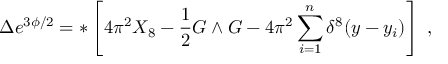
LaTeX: \Delta e ^ { 3 \phi / 2 } = * \left[ 4 \pi ^ { 2 } X _ { 8 } - { \frac { 1 } { 2 } } G \wedge G - 4 \pi ^ { 2 } \sum _ { i = 1 } ^ { n } \delta ^ { 8 } ( y - y _ { i } ) \right] \ ,